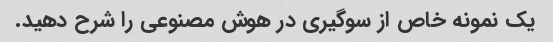
یک نمونه خاص از سوگیری در هوش مصنوعی را شرح دهید.